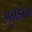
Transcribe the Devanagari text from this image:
मूनडांस